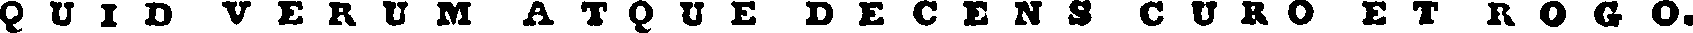
Q U I D V E R U M A T Q U E D E C E N S C U R O E T R O G O.